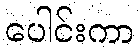
ပေါင်းကာ